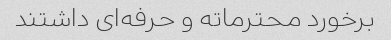
برخورد محترماته و حرفه‌ای داشتند